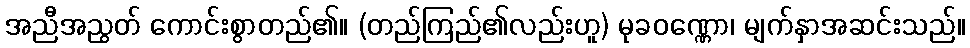
အညီအညွတ် ကောင်းစွာတည်၏။ (တည်ကြည်၏လည်းဟူ) မုခဝဏ္ဏော၊ မျက်နှာအဆင်းသည်။